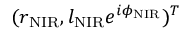
( r _ { \mathrm { N I R } } , l _ { \mathrm { N I R } } e ^ { i \phi _ { \mathrm { N I R } } } ) ^ { T }